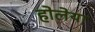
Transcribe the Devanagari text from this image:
होलेया